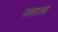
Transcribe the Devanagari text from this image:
ज्नान